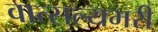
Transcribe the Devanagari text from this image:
वात्सल्यभरी